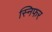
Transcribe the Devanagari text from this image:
स्निफर